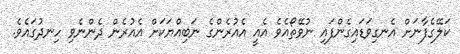
ކަލޭގެފާނަށް އެނގިވަޑައިގެންފައި ނުވޭތޯއެވެ އެއީ އެއުރެންގެ ނަބިއްޔަކަށް އެއުރެން ދެންނެވި ހިނދުގައެވެ.